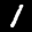
Label: 1